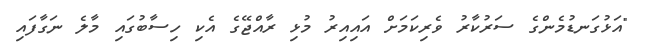
"އަޅުގަނޑުމެންގެ ސަރުކާރު ވެރިކަމަށް އައިއިރު މުޅި ރާއްޖޭގެ އެކި ހިސާބުގައި މާލެ ނަގާފައި